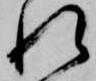
れ